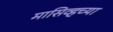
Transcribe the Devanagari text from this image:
मासिव्हच्या